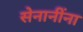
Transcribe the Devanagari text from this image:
सेनानींना